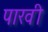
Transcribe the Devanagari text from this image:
पारवी